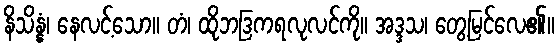
နိသိန္နံ၊ နေလင့်သော။ တံ၊ ထိုဘဒြကရလုလင်ကို။ အဒ္ဒသ၊ တွေ့မြင်လေ၏။